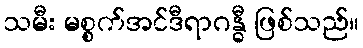
သမီး မစ္စက်အင်ဒီရာဂန္ဓီ ဖြစ်သည်။